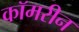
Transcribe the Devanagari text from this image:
कॉमरीन